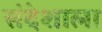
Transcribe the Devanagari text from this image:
संदेशाला